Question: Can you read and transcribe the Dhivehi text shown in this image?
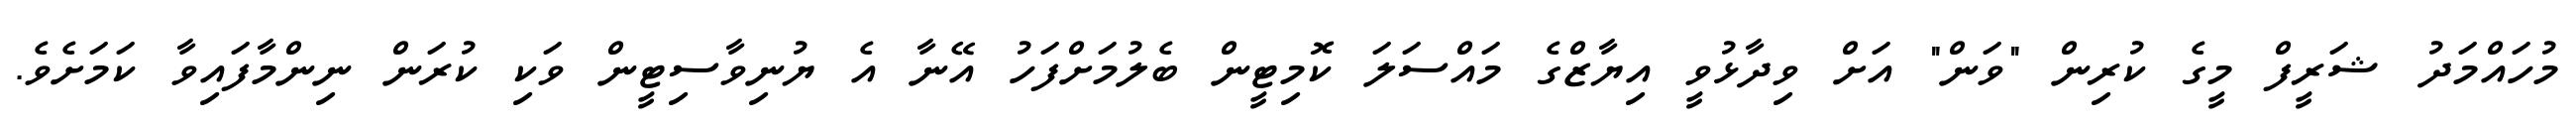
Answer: މުހައްމަދު ޝަރީފް މީގެ ކުރިން "ވަން" އަށް ވިދާޅުވީ އިޔާޒްގެ މައްސަލަ ކޮމިޓީން ބެލުމަށްފަހު އޭނާ އެ ޔުނިވާސިޓީން ވަކި ކުރަން ނިންމާފައިވާ ކަމަށެވެ.